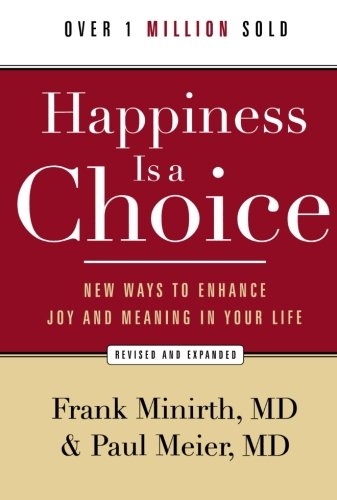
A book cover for Happiness Is a Choice: New Ways to Enhance Joy and Meaning in Your Life; Frank M.D. Minirth; Christian Books & Bibles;